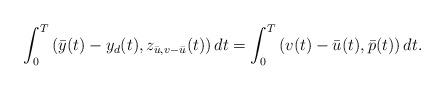
LaTeX: \begin{align*}\int_0^T\left(\bar{y}(t)-y_d(t),z_{\bar u,v-\bar u}(t)\right)dt=\int_0^T\left(v(t)-\bar{u}(t),\bar{p}(t)\right)dt.\end{align*}